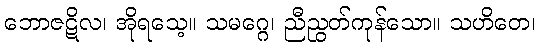
ဘောဇဋိလ၊ အိုရသေ့။ သမဂ္ဂေ၊ ညီညွတ်ကုန်သော။ သဟိတေ၊